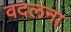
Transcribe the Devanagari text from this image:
वदलना